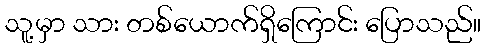
သူ့မှာ သား တစ်ယောက်ရှိကြောင်း ပြောသည်။